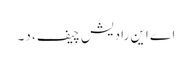
اے این رادیش چیف، د۔